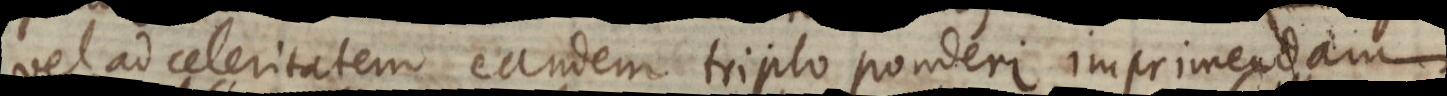
vel ad celeritatem eandem triplo ponderi imprimendam.